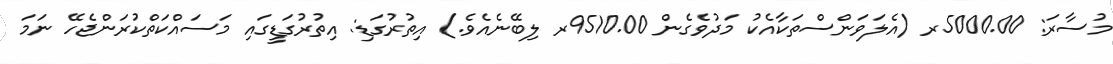
މުސާރަ: 5000.00ރ (އެލަވަންސްތަކާއެކު މަދުވެގެން 9510.00ރ ލިބޭނެއެވެ.) އިތުރުގަޑި: އިތުރުގަޑީގައި މަސައްކަތްކުރަންޖެހޭ ނަމަ